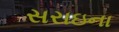
સરાઇના